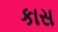
કાસ